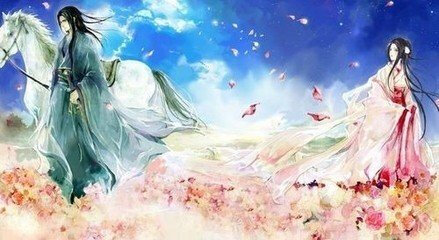
白云江上故乡，月下风前吟处。